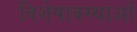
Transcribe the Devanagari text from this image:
विशेषावस्थाओं